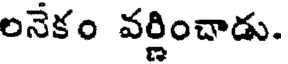
లనేకం వర్ణించాడు.